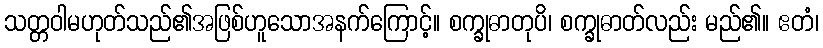
သတ္တဝါမဟုတ်သည်၏အဖြစ်ဟူသောအနက်ကြောင့်။ စက္ခုဓာတုပိ၊ စက္ခုဓာတ်လည်း မည်၏။ ဧတံ၊